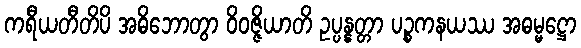
ကရီယတီတိပိ အဓိဘောတွာ ဝိဝဇ္ဇိယာတိ ဥပ္ပန္နတ္တာ ပဉ္စကနယဿ အဓမ္မဋ္ဌော